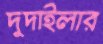
দুদাইলার